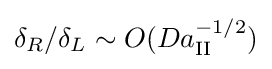
\delta _{R}/\delta _{L}\sim O(Da_{\mathrm {II} }^{-1/2})